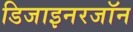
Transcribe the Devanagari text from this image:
डिजाइनरजॉन